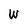
Character: W